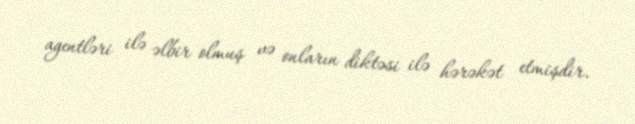
agentləri ilə əlbir olmuş və onların diktəsi ilə hərəkət etmişdir.